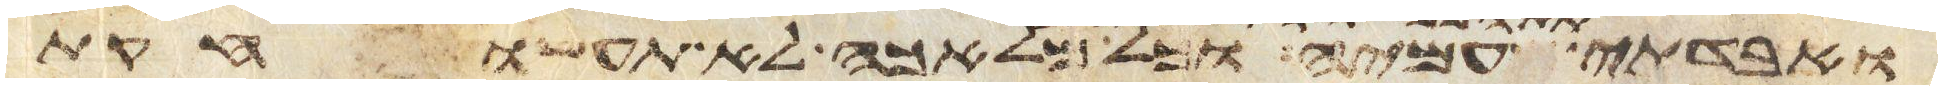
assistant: עמיה וכל מלאכה לא תעשו חקות